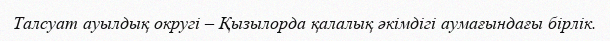
Талсуат ауылдық округі – Қызылорда қалалық әкімдігі аумағындағы бірлік.